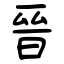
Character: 晉